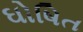
ઘોષિત